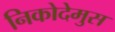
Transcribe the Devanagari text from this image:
निकोदेमुस